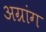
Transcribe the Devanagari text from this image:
अग्रांग